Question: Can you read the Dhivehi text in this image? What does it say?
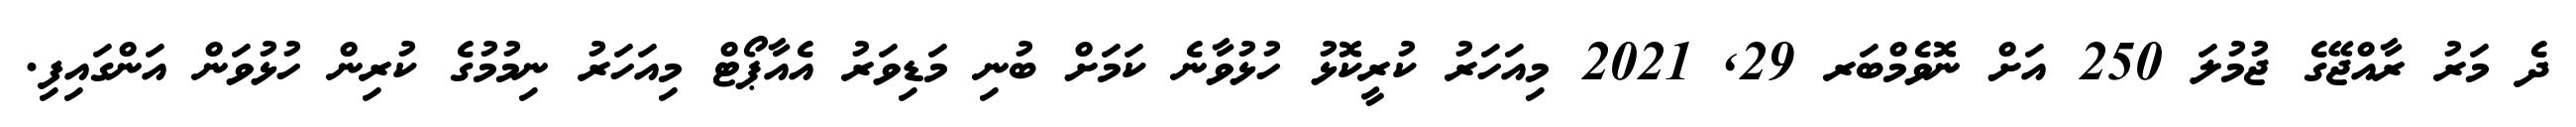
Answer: ދެ މަރު ރާއްޖޭގެ ޖުމުލަ 250 އަށް ނޮވެމްބަރ 29, 2021 މިއަހަރު ކުރީކޮޅު ހުޅުވާނެ ކަމަށް ބުނި މަޑިވަރު އެއާޕޯޓް މިއަހަރު ނިމުމުގެ ކުރިން ހުޅުވަން އަންގައިފި.